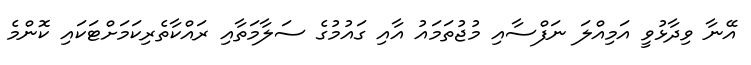
އޭނާ ވިދާޅުވީ އަމިއްލަ ނަފްސާއި މުޖުތަމައު އާއި ގައުމުގެ ސަލާމަތާއި ރައްކާތެރިކަމަށްޓަކައި ކޮންމެ